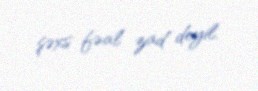
şəxs fəal zad deyil.